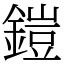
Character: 鎧